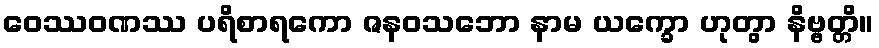
ဝေဿဝဏဿ ပရိစာရကော ဇနဝသဘော နာမ ယက္ခော ဟုတွာ နိဗ္ဗတ္တိ။